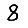
Digit: 8